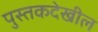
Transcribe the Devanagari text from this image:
पुस्तकदेखील